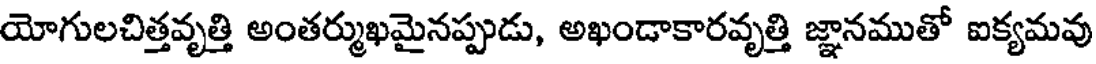
యోగులచిత్తవృత్తి అంతర్ముఖమైనప్పుడు, అఖండాకారవృత్తి జ్ఞానముతో ఐక్యమవు